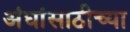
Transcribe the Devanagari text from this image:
अंधांसाठीच्या